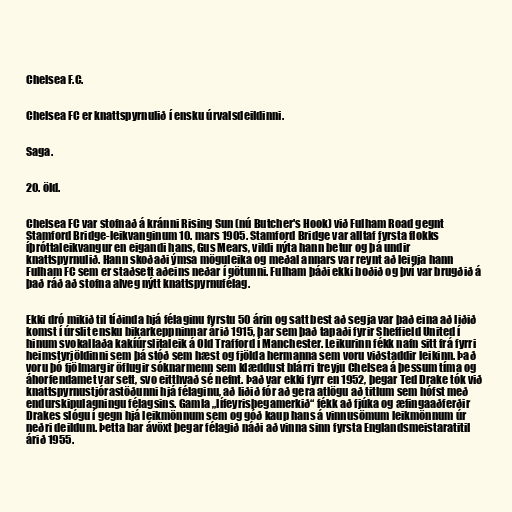
Chelsea F.C.

Chelsea FC er knattspyrnulið í ensku úrvalsdeildinni.

Saga.

20. öld.

Chelsea FC var stofnað á kránni Rising Sun (nú Butcher's Hook) við Fulham Road gegnt
Stamford Bridge-leikvanginum 10. mars 1905. Stamford Bridge var alltaf fyrsta flokks
íþróttaleikvangur en eigandi hans, Gus Mears, vildi nýta hann betur og þá undir
knattspyrnulið. Hann skoðaði ýmsa möguleika og meðal annars var reynt að leigja hann
Fulham FC sem er staðsett aðeins neðar í götunni. Fulham þáði ekki boðið og því var brugðið á
það ráð að stofna alveg nýtt knattspyrnufélag.

Ekki dró mikið til tíðinda hjá félaginu fyrstu 50 árin og satt best að segja var það eina að liðið
komst í úrslit ensku bikarkeppninnar árið 1915, þar sem það tapaði fyrir Sheffield United í
hinum svokallaða kakíúrslitaleik á Old Trafford í Manchester. Leikurinn fékk nafn sitt frá fyrri
heimstyrjöldinni sem þá stóð sem hæst og fjölda hermanna sem voru viðstaddir leikinn. Það
voru þó fjölmargir öflugir sóknarmenn sem klæddust blárri treyju Chelsea á þessum tíma og
áhorfendamet var sett, svo eitthvað sé nefnt. Það var ekki fyrr en 1952, þegar Ted Drake tók við
knattspyrnustjórastöðunni hjá félaginu, að liðið fór að gera atlögu að titlum sem hófst með
endurskipulagningu félagsins. Gamla „lífeyrisþegamerkið“ fékk að fjúka og æfingaaðferðir
Drakes slógu í gegn hjá leikmönnum sem og góð kaup hans á vinnusömum leikmönnum úr
neðri deildum. Þetta bar ávöxt þegar félagið náði að vinna sinn fyrsta Englandsmeistaratitil
árið 1955.